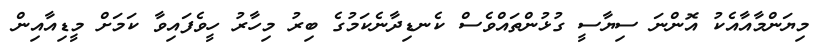
މިޔަންމާއާއެކު އޮންނަ ސިޔާސީ ގުޅުންތައްވެސް ކެނޑިދާނެކަމުގެ ބިރު މިހާރު ހީވެފައިވާ ކަމަށް މީޑިއާއިން